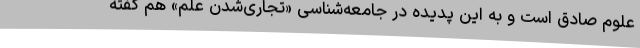
علوم صادق است و به این پدیده در جامعه‌شناسی «تجاری‌شدن علم» هم گفته